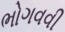
ભોગવવી